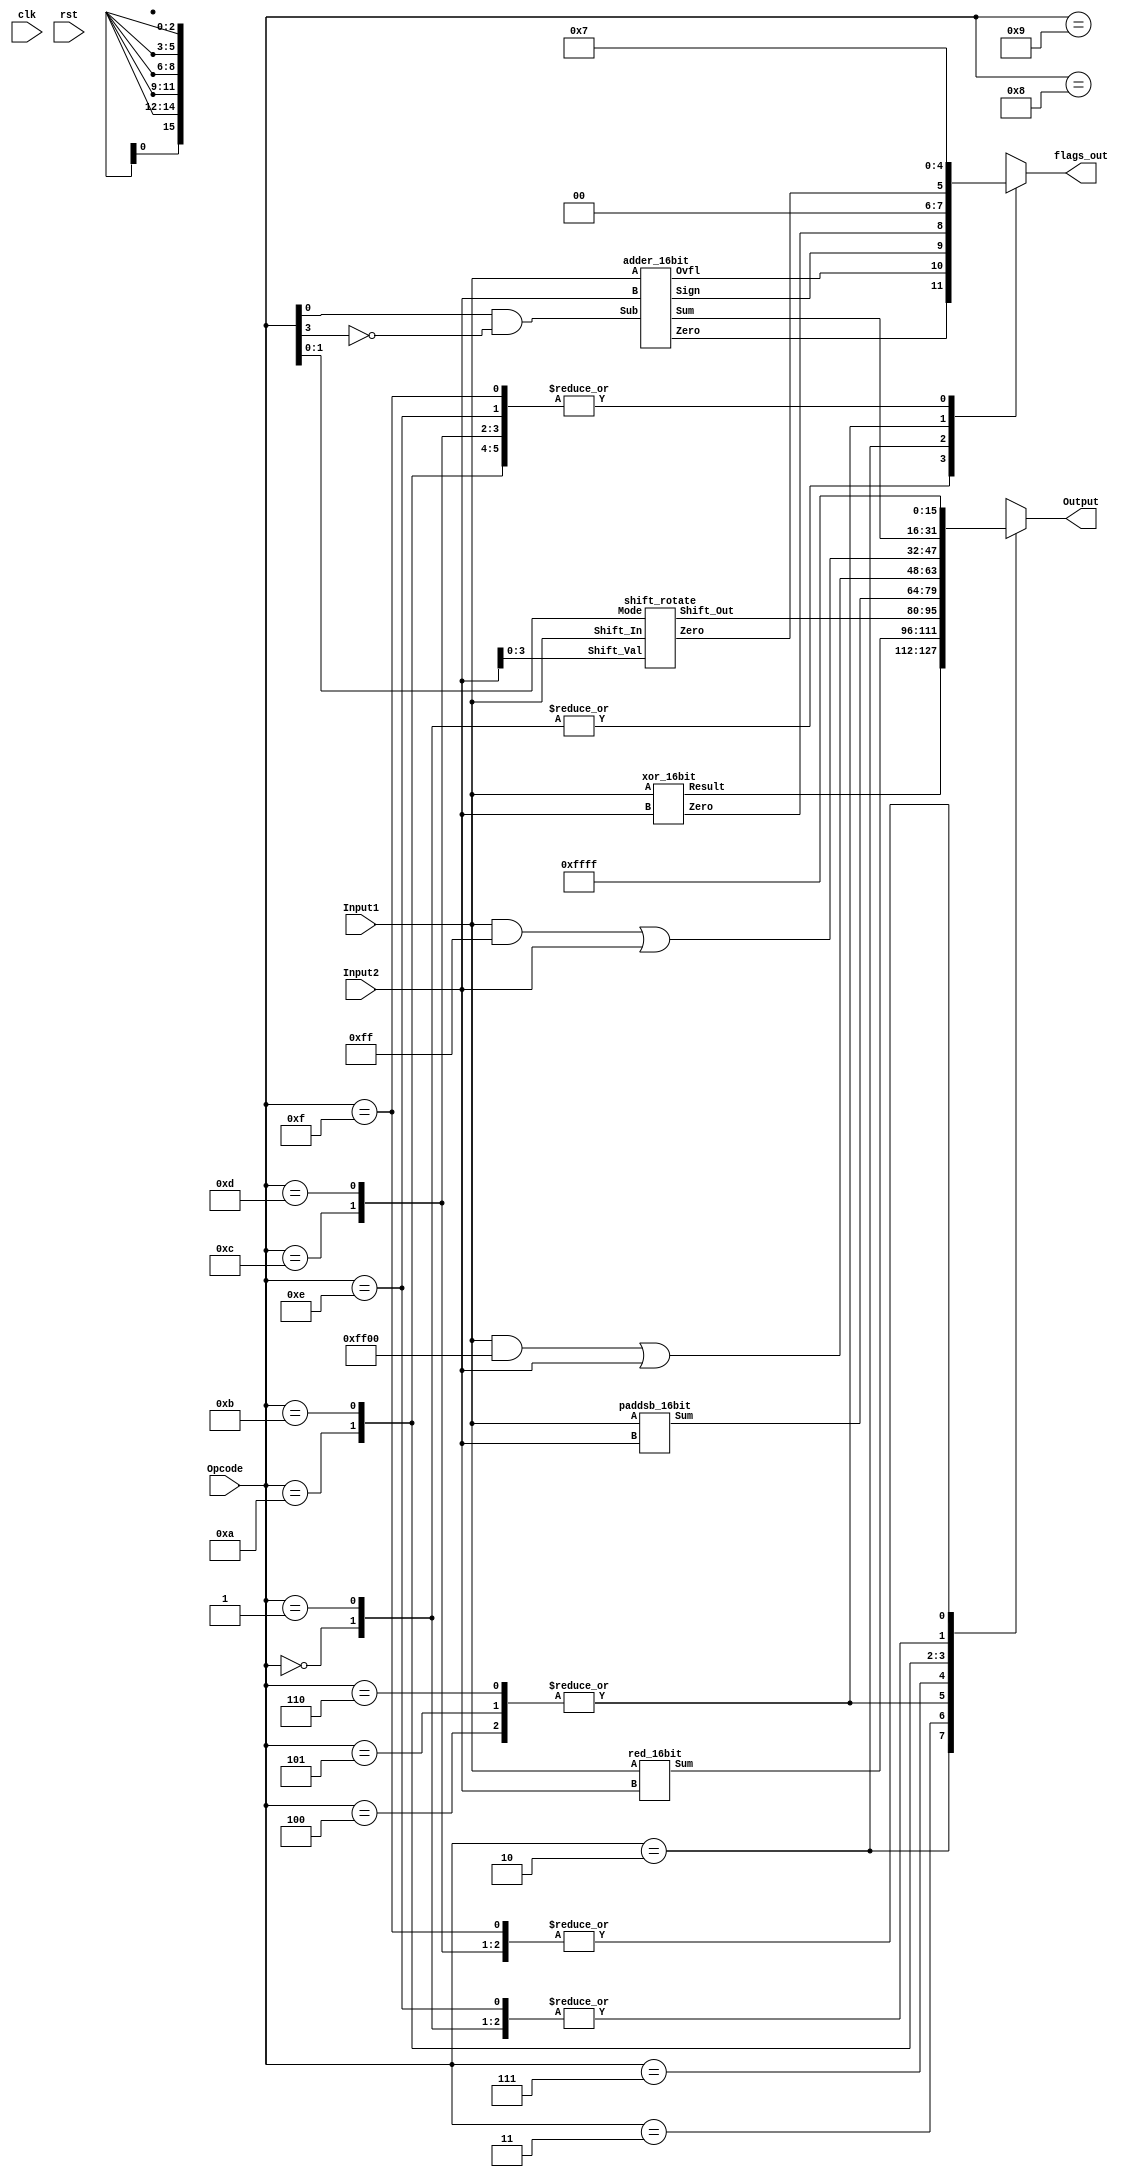
// ALU
//	Receives an opcode and two 16 bit inputs,
//	Outputs a 16 bit result
//	Keeps track of flags
module ALU(clk, rst, Opcode, Input1, Input2, Output, flags_out);

input clk, rst;
input [3:0] Opcode;
input [15:0] Input1, Input2;

output reg [15:0] Output;
output reg [2:0] flags_out;

wire shifterZFlag, xorZFlag, adderZFlag, adderVFlag, adderNFlag;
wire [15:0] shifterResult, xorResult, adderResult, paddsbResult, redResult, llb_result, lhb_result;

shift_rotate shiftOp(.Shift_Out(shifterResult), .Shift_In(Input1), .Shift_Val(Input2[3:0]), .Mode(Opcode[1:0]), .Zero(shifterZFlag));

xor_16bit xorOp(.A(Input1), .B(Input2), .Result(xorResult), .Zero(xorZFlag));

adder_16bit addsubOp(.A(Input1), .B(Input2), .Sub(Opcode[0] & ~Opcode[3]), .Sum(adderResult), .Zero(adderZFlag), .Ovfl(adderVFlag), .Sign(adderNFlag));

paddsb_16bit paddsbOp(.Sum(paddsbResult), .A(Input1), .B(Input2));

red_16bit redOp(.Sum(redResult), .A(Input1), .B(Input2));

assign llb_result = (Input1 & 16'hFF00) | Input2;
assign lhb_result = (Input1 & 16'h00FF) | Input2; 

always @(*)
case(Opcode)
	4'b0000 : begin Output = adderResult; flags_out = {adderZFlag, adderVFlag, adderNFlag}; end
	4'b0001 : begin Output = adderResult; flags_out = {adderZFlag, adderVFlag, adderNFlag}; end
	4'b0010 : begin Output = xorResult; flags_out = {xorZFlag, 2'b00}; end
	4'b0011 : begin Output = redResult; flags_out = 3'bxxx; end
	4'b0100 : begin Output = shifterResult; flags_out = {shifterZFlag, 2'b00}; end
	4'b0101 : begin Output = shifterResult; flags_out = {shifterZFlag, 2'b00}; end
	4'b0110 : begin Output = shifterResult; flags_out = {shifterZFlag, 2'b00}; end
	4'b0111 : begin Output = paddsbResult; flags_out = 3'bxxx; end
	4'b1000 : begin Output = adderResult; flags_out = 3'bxxx; end
	4'b1001 : begin Output = adderResult; flags_out = 3'bxxx; end	
	4'b1010 : begin Output = llb_result; flags_out = 3'b111; end
	4'b1011 : begin Output = lhb_result; flags_out = 3'b111; end
	//with pipeline, a signal must be outputted, even if it won't be used
	//All 1's is a random choice as none of these results should be used
	4'b1100 : begin Output = 16'hFFFF; flags_out = 3'b111; end
	4'b1101 : begin Output = 16'hFFFF; flags_out = 3'b111; end
	4'b1110 : begin Output = adderResult; flags_out = 3'b111; end 	// PCS
	4'b1111 : begin Output = 16'hFFFF; flags_out = 3'b111; end
	default : begin Output = 16'hFFFF; flags_out = 3'b111; end
endcase

endmodule

/////////////////////////////////////////////////////////////////////////////////////////////////////////////////
//	SLL, SRA, ROR
module shift_rotate(Shift_Out, Shift_In, Shift_Val, Mode, Zero);

input [15:0] Shift_In; // This is the input data to perform shift operation on
input [3:0] Shift_Val; // Shift amount (used to shift the input data)
input [1:0] Mode; // To indicate 00=SLL or 01=SRA or 10=ROR

output [15:0] Shift_Out; // Shifted output data
output Zero;

wire [15:0] stg1, stg2, stg3;

assign stg1 = Shift_Val[0] ?						// 1 bit
		(~Mode[1] & ~Mode[0]) ? {Shift_In[14:0], 1'b0} :		// SLL
		(~Mode[1] & Mode[0]) ? {Shift_In[15], Shift_In[15:1]} :	// SRA
		(Mode[1] & ~Mode[0]) ? {Shift_In[0], Shift_In[15:1]} :	// ROR
		Shift_In :						// bad mode
		Shift_In;						// Don't shift

assign stg2 = Shift_Val[1] ?						// 2 bits
		~Mode[1] & ~Mode[0] ? {stg1[13:0], 2'b0} :		// SLL
		~Mode[1] & Mode[0] ? {{2{stg1[15]}}, stg1[15:2]} :	// SRA
		Mode[1] & ~Mode[0] ? {stg1[1:0], stg1[15:2]} :		// ROR
		Shift_In :						// bad mode
		stg1;							// Don't shift

assign stg3 = Shift_Val[2] ?						// 4 bits
		~Mode[1] & ~Mode[0] ? {stg2[11:0], 4'b0} :		// SLL
		~Mode[1] & Mode[0] ? {{4{stg2[15]}}, stg2[15:4]} :	// SRA
		Mode[1] & ~Mode[0] ? {stg2[3:0], stg2[15:4]} :		// ROR
		Shift_In :						// bad mode
		stg2;							// Don't shift

assign Shift_Out = Shift_Val[3] ?					// 8 bits
		~Mode[1] & ~Mode[0] ? {stg3[7:0], 8'b0} :		// SLL
		~Mode[1] & Mode[0] ? {{8{stg3[15]}}, stg3[15:8]} :	// SRA 
		Mode[1] & ~Mode[0] ? {stg3[7:0], stg3[15:8]} :		// ROR
		Shift_In :						// bad mode
		stg3;							// Don't shift

assign Zero = ~|Shift_Out;

endmodule

/////////////////////////////////////////////////////////////////////////////////////////////////////////////////
//	XOR
module xor_16bit(A, B, Result, Zero);

input [15:0] A, B;

output [15:0] Result;
output Zero;

assign Result = A ^ B;
assign Zero = ~|Result;

endmodule

/////////////////////////////////////////////////////////////////////////////////////////////////////////////////
//	ADD, SUB
module adder_16bit(A, B, Sub, Sum, Zero, Ovfl, Sign);

input [15:0] A, B;
input Sub;

output [15:0] Sum;
output Zero, Ovfl, Sign;

wire [15:0] B_in, preSatSum; 
wire [3:0] carry, ov;
assign B_in = Sub ? ~B : B;

CLA_4bit CLA0(.S(preSatSum[3:0]), .Cout(carry[0]), .A(A[3:0]), .B(B_in[3:0]), .Cin(Sub), .Ov(ov[0])),
	 CLA1(.S(preSatSum[7:4]), .Cout(carry[1]), .A(A[7:4]), .B(B_in[7:4]), .Cin(carry[0]), .Ov(ov[1])),
	 CLA2(.S(preSatSum[11:8]), .Cout(carry[2]), .A(A[11:8]), .B(B_in[11:8]), .Cin(carry[1]), .Ov(ov[2])),
	 CLA3(.S(preSatSum[15:12]), .Cout(carry[3]), .A(A[15:12]), .B(B_in[15:12]), .Cin(carry[2]), .Ov(ov[3]));

assign Ovfl = ov[3];
assign Sum = Ovfl ? preSatSum[15] ? 16'h7fff : 16'h8000 : preSatSum;
assign Zero = ~|Sum;
assign Sign = Sum[15];

endmodule

/////////////////////////////////////////////////////////////////////////////////////////////////////////////////
//	PADDSB
module paddsb_16bit(Sum, A, B);

input [15:0] A, B; // Input data values

output [15:0] Sum; // Sum output

wire [3:0] sum0, sum1, sum2, sum3, preSatSum0, preSatSum1, preSatSum2, preSatSum3, carry, ov;

CLA_4bit CLA0(.S(preSatSum0), .Cout(carry[0]), .A(A[3:0]), .B(B[3:0]), .Cin(1'b0), .Ov(ov[0])),
	 CLA1(.S(preSatSum1), .Cout(carry[1]), .A(A[7:4]), .B(B[7:4]), .Cin(1'b0), .Ov(ov[1])),
	 CLA2(.S(preSatSum2), .Cout(carry[2]), .A(A[11:8]), .B(B[11:8]), .Cin(1'b0), .Ov(ov[2])),
	 CLA3(.S(preSatSum3), .Cout(carry[3]), .A(A[15:12]), .B(B[15:12]), .Cin(1'b0), .Ov(ov[3]));

assign sum0 = ov[0] ? preSatSum0[3] ? 4'h7 : 4'h8 : preSatSum0;
assign sum1 = ov[1] ? preSatSum1[3] ? 4'h7 : 4'h8 : preSatSum1;
assign sum2 = ov[2] ? preSatSum2[3] ? 4'h7 : 4'h8 : preSatSum2;
assign sum3 = ov[3] ? preSatSum3[3] ? 4'h7 : 4'h8 : preSatSum3;

assign Sum = {sum3, sum2, sum1, sum0};

endmodule

/////////////////////////////////////////////////////////////////////////////////////////////////////////////////
//	RED
module red_16bit(Sum, A, B);

input [15:0] A, B; // Input data values

output [15:0] Sum; // Sum output

wire [3:0] 	sumab1,	// A[3:0] + B[3:0]
		sumab2, // A[7:4] + B[7:4]
		sumcd1, // A[11:8] + B[11:8]
		sumcd2, // A[15:12] + B[15:12]
		sum1, sum2, sum3;
wire [6:0] carry, ov;
wire [8:0] sumab, sumcd;

CLA_4bit CLA0(.S(sumab1), .Cout(carry[0]), .A(A[3:0]), .B(B[3:0]), .Cin(1'b0), .Ov(ov[0])),
	 CLA1(.S(sumab2), .Cout(carry[1]), .A(A[7:4]), .B(B[7:4]), .Cin(carry[0]), .Ov(ov[1])),
	 CLA2(.S(sumcd1), .Cout(carry[2]), .A(A[11:8]), .B(B[11:8]), .Cin(1'b0), .Ov(ov[2])),
	 CLA3(.S(sumcd2), .Cout(carry[3]), .A(A[15:12]), .B(B[15:12]), .Cin(carry[2]), .Ov(ov[3]));

assign sumab = {carry[1], sumab2, sumab1};
assign sumcd = {carry[3], sumcd2, sumcd1};

CLA_4bit CLA4(.S(sum1), .Cout(carry[4]), .A(sumab[3:0]), .B(sumcd[3:0]), .Cin(1'b0), .Ov(ov[4])),
	 CLA5(.S(sum2), .Cout(carry[5]), .A(sumab[7:4]), .B(sumcd[7:4]), .Cin(carry[4]), .Ov(ov[5])),
	 CLA6(.S(sum3), .Cout(carry[6]), .A({3'b000, sumab[8]}), .B({3'b000, sumcd[8]}), .Cin(carry[5]), .Ov(ov[6]));

assign Sum = {{8{sum3[0]}}, sum2, sum1};

endmodule


/////////////////////////////////////////////////////////////////////////////////////////////////////////////////
//	Carry Look-Ahead Adder
module CLA_4bit(S, Cout, Ov, A, B, Cin);

input [3:0] A, B;
input Cin;

output [3:0] S;
output Cout, Ov;

wire [3:0] g, p, c;

assign g = A & B;
assign p = A ^ B;

assign c[0] = Cin;
assign c[1] = g[0] | (p[0] & c[0]);
assign c[2] = g[1] | (p[1] & g[0]) | (p[1] & p[0] & c[0]);
assign c[3] = g[2] | (p[2] & g[1]) | (p[2] & p[1] & g[0]) | (p[2] & p[1] & p[0] & c[0]);

assign Cout = g[3] | (p[3] & g[2]) | (p[3] & p[2] & g[1]) | (p[3] & p[2] & p[1] & g[0]) |(p[3] & p[2] & p[1] & p[0] & c[0]);

assign S = p ^ c;
assign Ov = Cout ^ c[3];

endmodule